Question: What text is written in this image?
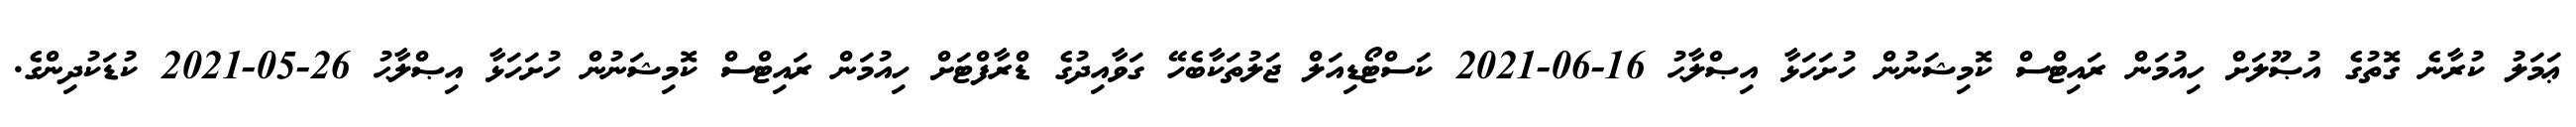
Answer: ޢަމަލު ކުރާނެ ގޮތުގެ އުޞޫލަށް ހިއުމަން ރައިޓްސް ކޮމިޝަނުން ހުށަހަޅާ އިޞްލާޙު 16-06-2021 ކަސްޓޯޑިއަލް ޖަލުތަކާބެހޭ ގަވާއިދުގެ ޑްރާފްޓަށް ހިއުމަން ރައިޓްސް ކޮމިޝަނުން ހުށަހަޅާ އިޞްލާޙު 26-05-2021 ކުޑަކުދިންގެ.